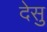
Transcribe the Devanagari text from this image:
देसु